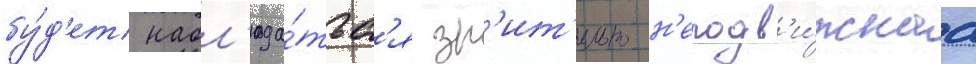
бу́д'ет набл'юда́тьс'я зр'ит'ельно н'еподв'и́жнаа